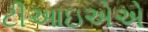
ટીઆઇએએ